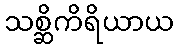
သစ္ဆိကိရိယာယ